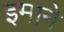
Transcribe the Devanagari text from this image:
इमाने